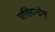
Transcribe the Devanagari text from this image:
एह्दिन्द्नेम्